65_HS1-834228961_62-HQ-83894_Serial_164
Agency: FBI
Page 64
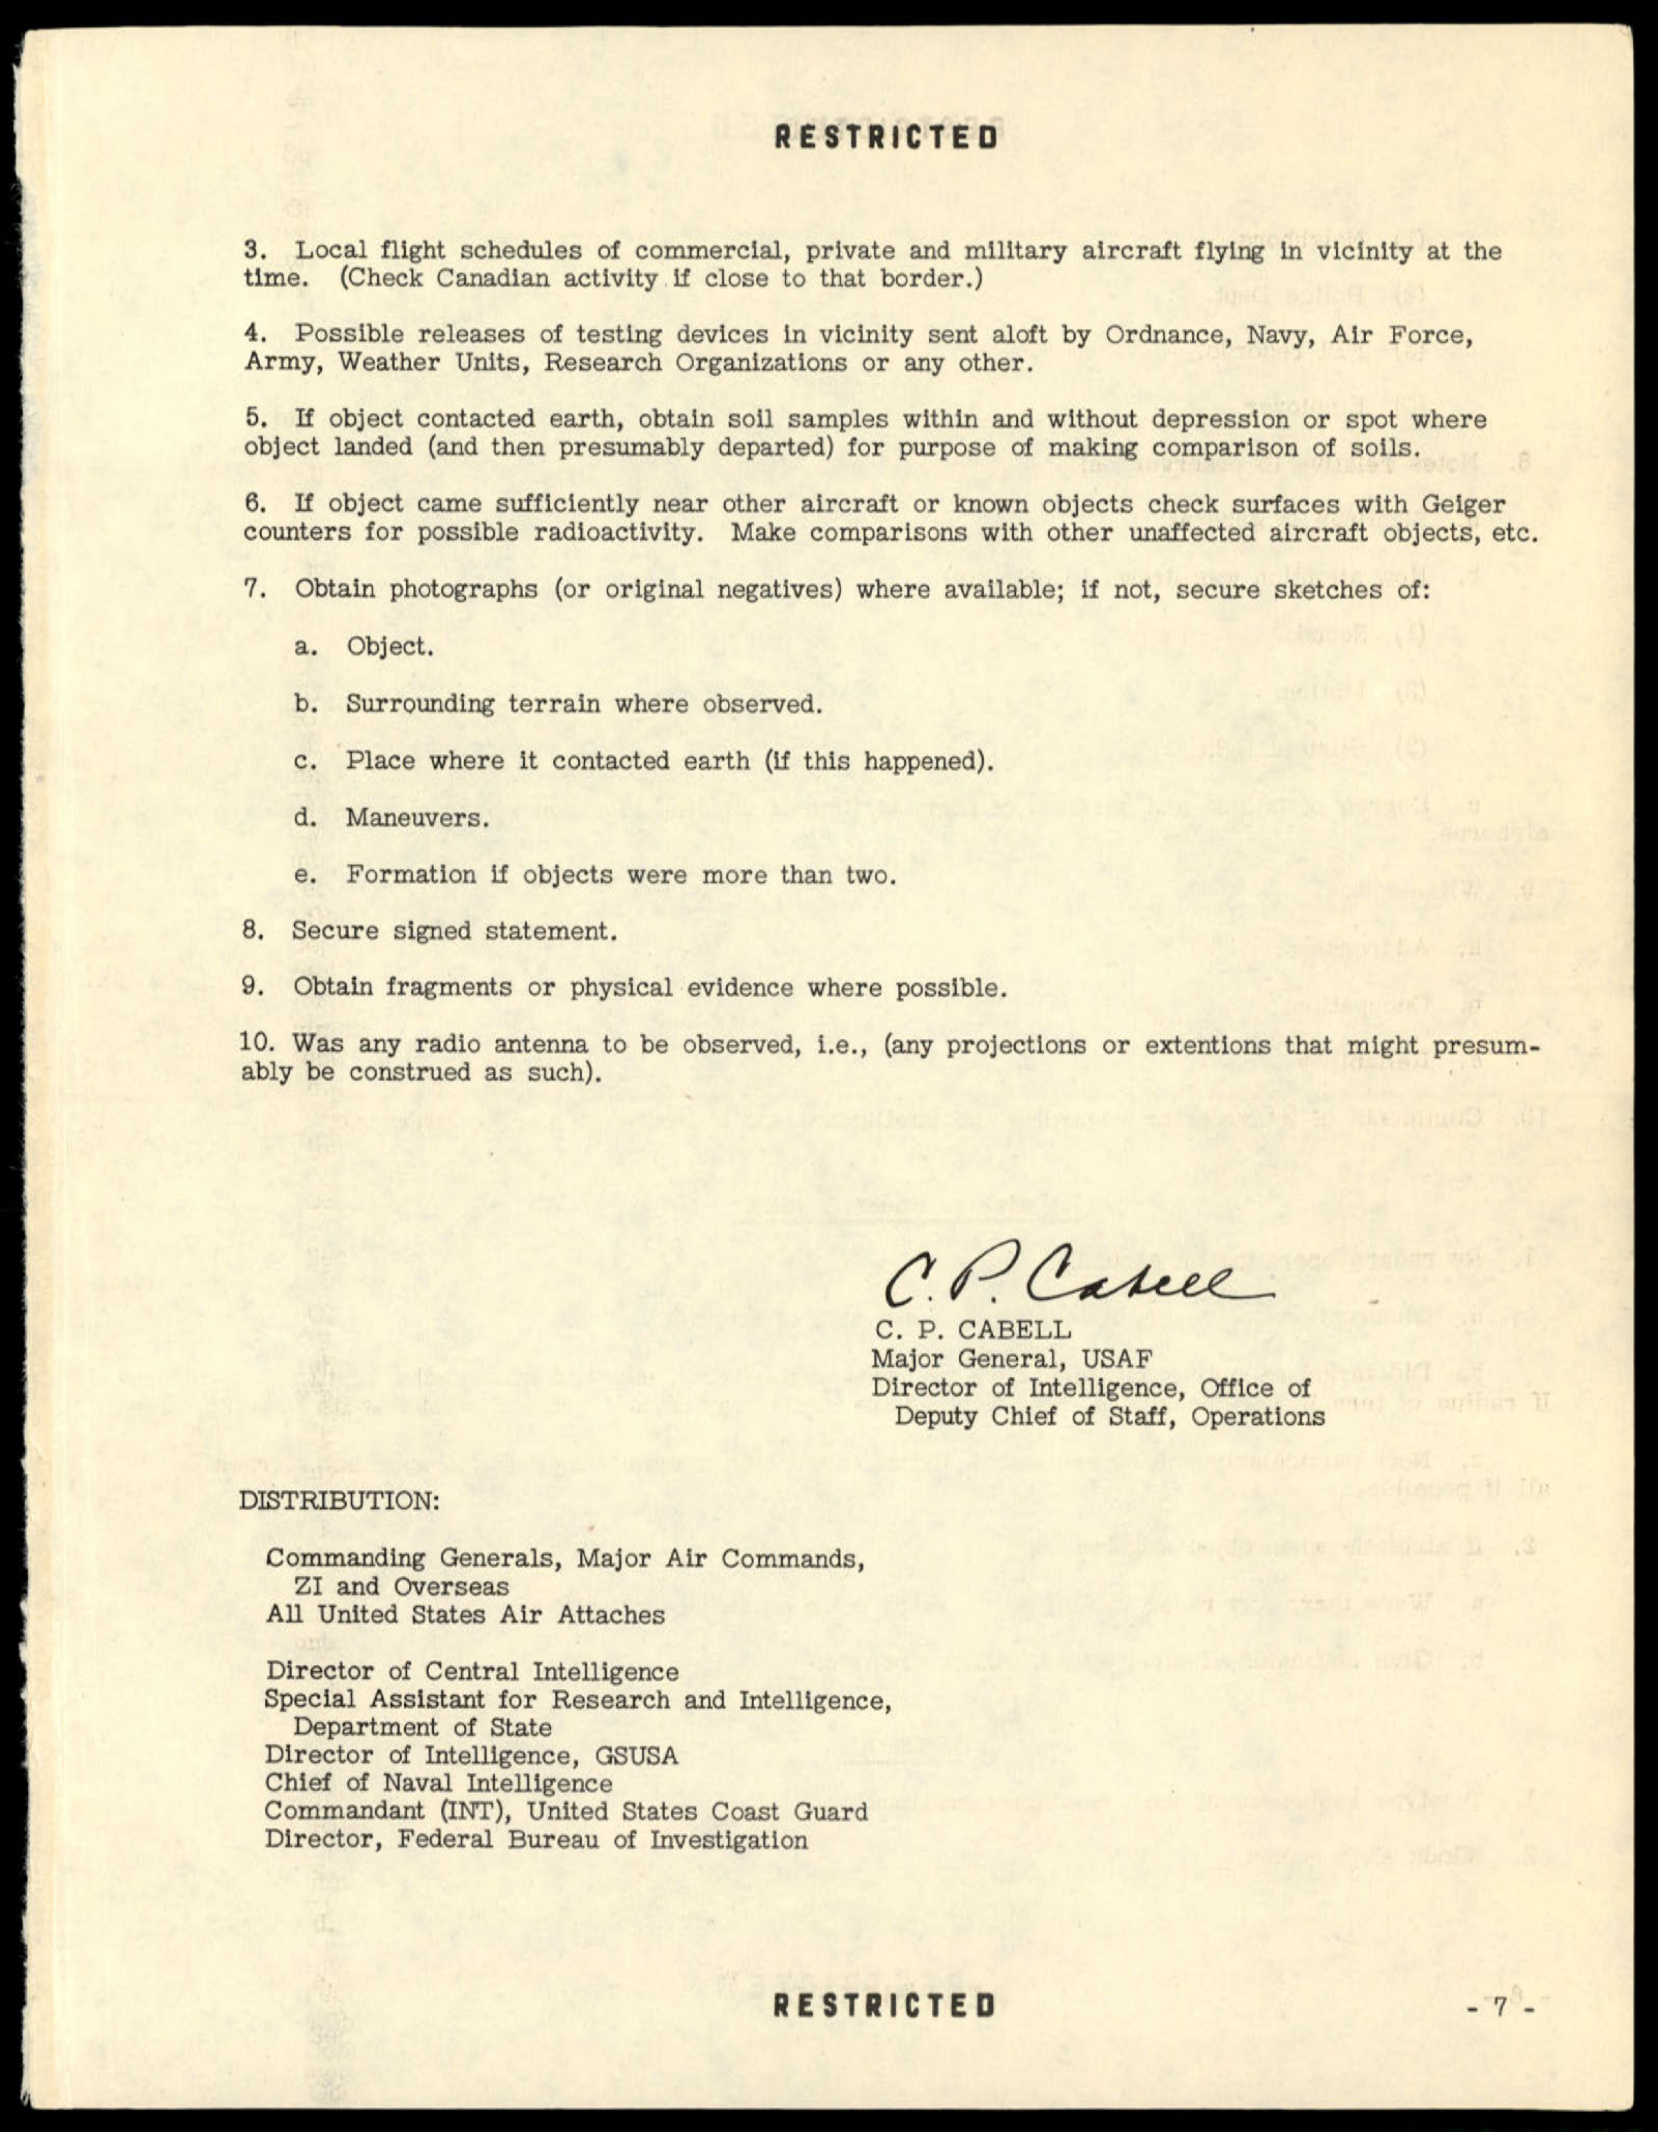